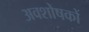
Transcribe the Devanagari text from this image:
अवशोषकों